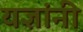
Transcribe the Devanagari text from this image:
यज्ञांनी